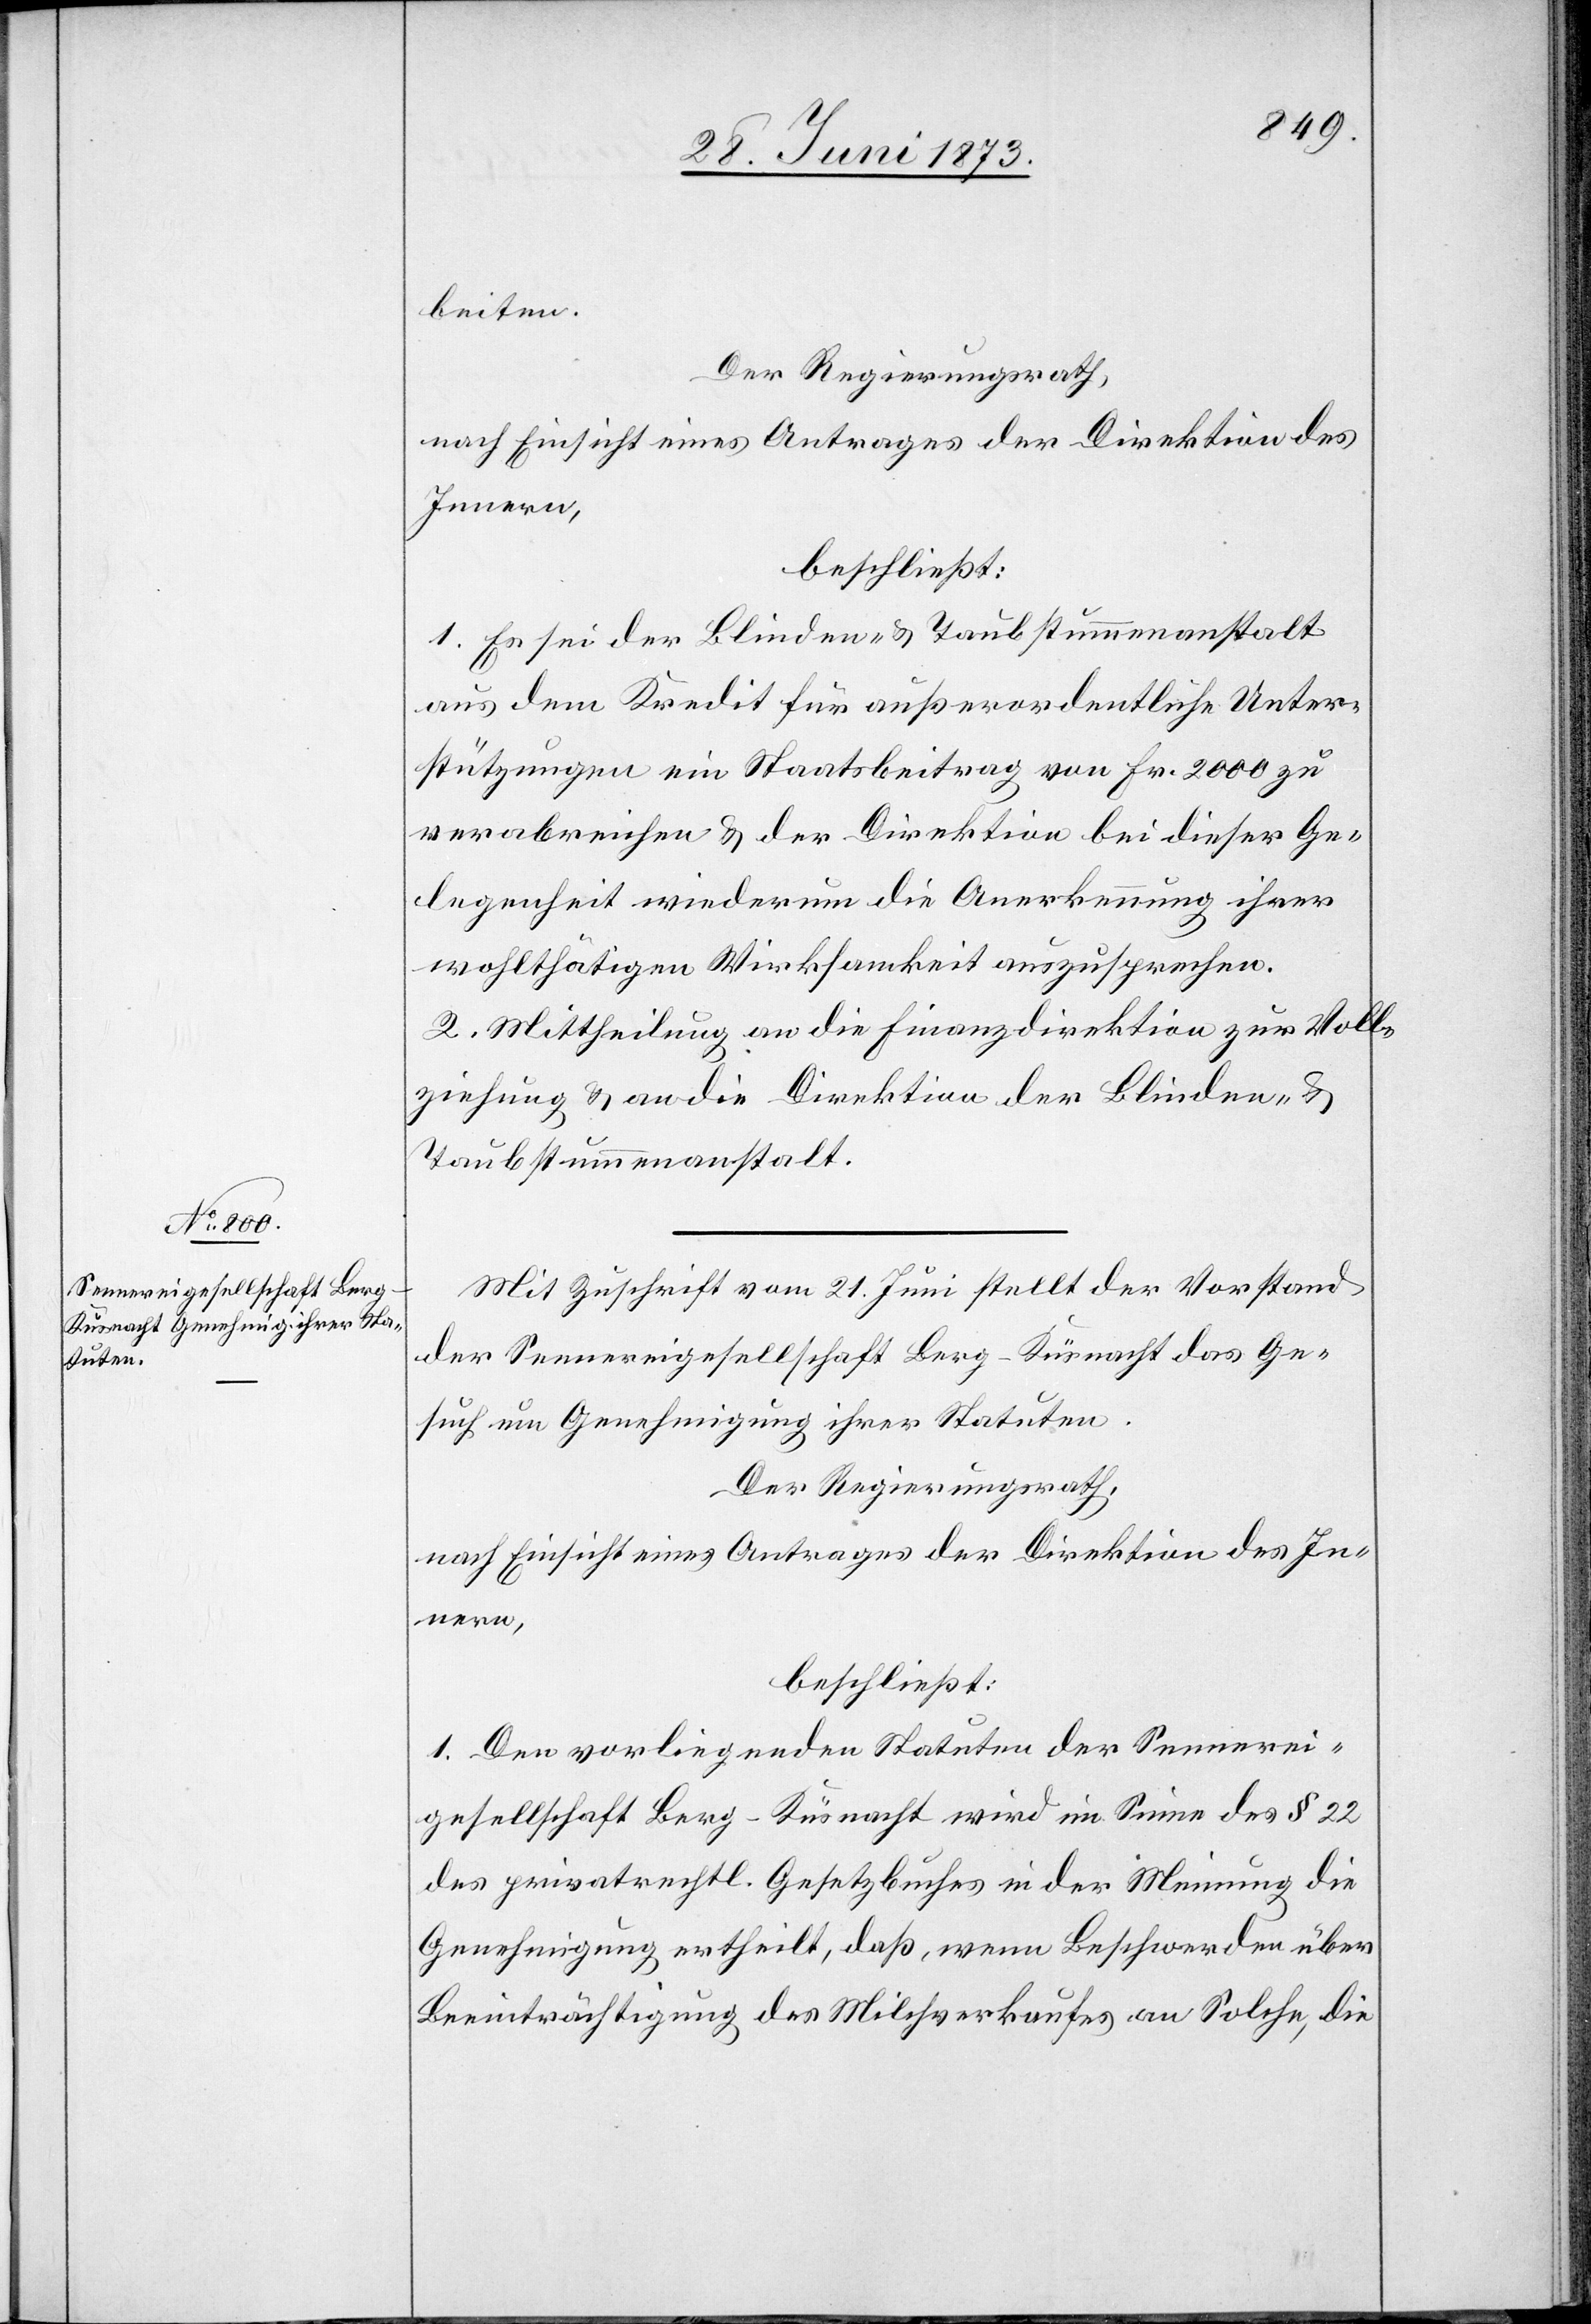
beiten.
Der Regierungsrath,
nach Einsicht eines Antrages der Direktion des
Innern,
beschließt:
1. Es sei der Blinden- & Taubstummenanstalt
aus dem Kredit für außerordentliche Unter¬
stützungen ein Staatsbeitrag von Fr. 2 000 zu
verabreichen & der Direktion bei dieser Ge¬
legenheit wiederum die Anerkennung ihrer
wohlthätigen Wirksamkeit auszusprechen.
2. Mittheilung an die Finanzdirektion zur Voll¬
ziehung & an die Direktion der Blinden- &
Taubstummenanstalt.
Mit Zuschrift vom 21. Juni stellt der Vorstand
der Sennereigesellschaft Berg-Küsnacht das Ge¬
such um Genehmigung ihrer Statuten.
Der Regierungsrath,
nach Einsicht eines Antrages der Direktion des In¬
nern,
beschließt:
1. Den vorliegenden Statuten der Sennerei¬
gesellschaft Berg-Küsnacht wird im Sinne des § 22
des privatrechtl. Gesetzbuches in der Meinung die
Genehmigung ertheilt, daß, wenn Beschwerden über
Beeinträchtigung des Milchverkaufes an Solche, die